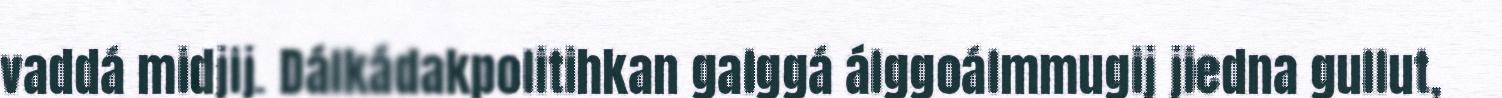
vaddá midjij. Dálkádakpolitihkan galggá álggoálmmugij jiedna gullut,